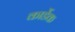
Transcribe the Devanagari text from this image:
कार्डेक